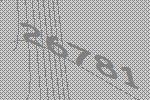
26781